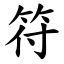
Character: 符